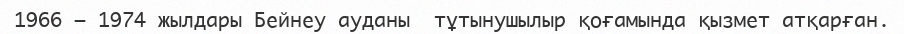
1966 – 1974 жылдары Бейнеу ауданы  тұтынушылыр қоғамында қызмет атқарған.